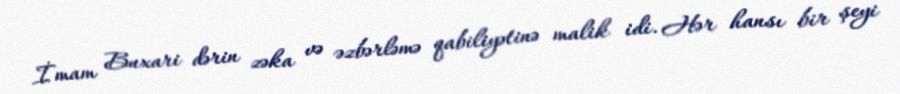
İmam Buxari dərin zəka və əzbərləmə qabiliyətinə malik idi. Hər hansı bir şeyi